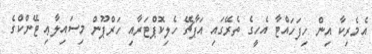
އެމެރިކާ އިން ހިފަހައްޓާ އެހީގެ ތެރޭގައި އަޕާޗޭ ހެލިކޮޕްޓަރާއި ހަރްޕޫން މިސައިލާޢި ޓޭންކްގެ